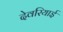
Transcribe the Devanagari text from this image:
देवरियाई